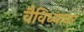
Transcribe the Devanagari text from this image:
वैविध्यावर